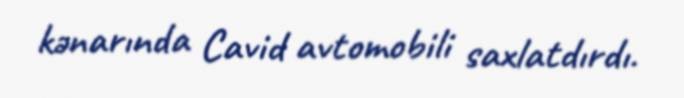
kənarında Cavid avtomobili saxlatdırdı.